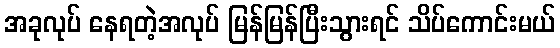
အခုလုပ် နေရတဲ့အလုပ် မြန်မြန်ပြီးသွားရင် သိပ်ကောင်းမယ်